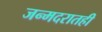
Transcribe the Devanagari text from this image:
जन्मदरातही